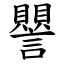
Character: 譻